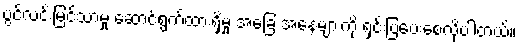
ပွင့်လင်းမြင်သာမှု ဆောင်ရွက်ထားရှိမှု အခြေ အနေများကို ရှင်းပြပေးစေလိုပါတယ်။